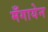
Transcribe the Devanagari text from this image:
मँगायेन